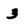
Character: 3